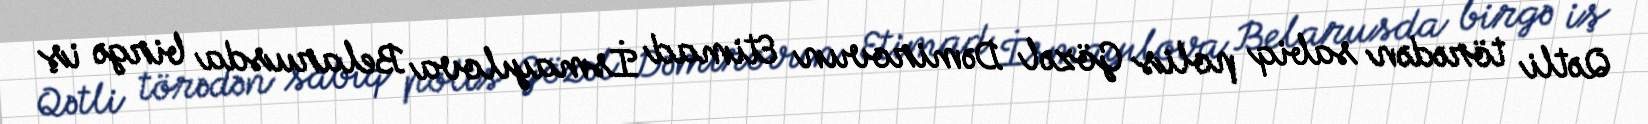
Qətli törədən sabiq polis Gözəl Dəmirovun Etimad İsmayılova Belarusda birgə iş